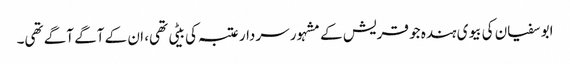
ابو سفیان کی بیوی ہندہ جو قریش کے مشہور سردار عتبہ کی بیٹی تھی، ان کے آگے آگے تھی۔